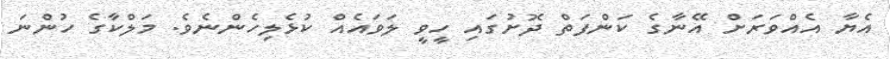
އެޔާ އެއްވަރަށް އޭނާގެ ކަންފަތް ދޮށުގައި ހީވީ ލަވައެއް ކުޅެލިހެންނެވެ. މަލްކާގެ ހުންނަ